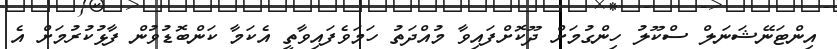
އިންޓަނޭޝަނަލް ސްކޫލު ހިންގުމަށް ދޫކޮށްފައިވާ މުއްދަތު ހަމަވެފައިވާތީ އެކަމާ ކަންބޮޑުވުން ފާޅުކުރުމަށް އެ